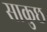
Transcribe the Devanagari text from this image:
साकुछ